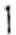
1